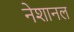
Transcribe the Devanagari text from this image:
नेशानल